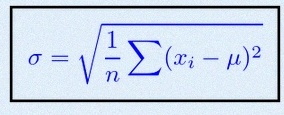
\sigma=\sqrt{\frac1n\sum(x_i-\mu)^2}